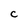
Character: C